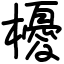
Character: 櫌